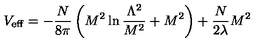
V _ { \mathrm { e f f } } = - \frac { N } { 8 \pi } \left( M ^ { 2 } \ln \frac { \Lambda ^ { 2 } } { M ^ { 2 } } + M ^ { 2 } \right) + \frac { N } { 2 { \lambda } } M ^ { 2 }